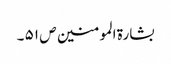
بشارۃ المومنین ص ۵۱ ۔